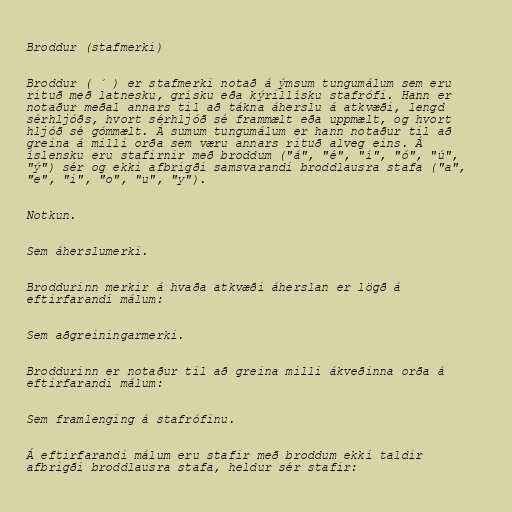
Broddur (stafmerki)

Broddur ( ´ ) er stafmerki notað á ýmsum tungumálum sem eru
rituð með latnesku, grísku eða kýrillísku stafrófi. Hann er
notaður meðal annars til að tákna áherslu á atkvæði, lengd
sérhljóðs, hvort sérhljóð sé frammælt eða uppmælt, og hvort
hljóð sé gómmælt. Á sumum tungumálum er hann notaður til að
greina á milli orða sem væru annars rituð alveg eins. Á
íslensku eru stafirnir með broddum ("á", "é", "í", "ó", "ú",
"ý") sér og ekki afbrigði samsvarandi broddlausra stafa ("a",
"e", "i", "o", "u", "y").

Notkun.

Sem áherslumerki.

Broddurinn merkir á hvaða atkvæði áherslan er lögð á
eftirfarandi málum:

Sem aðgreiningarmerki.

Broddurinn er notaður til að greina milli ákveðinna orða á
eftirfarandi málum:

Sem framlenging á stafrófinu.

Á eftirfarandi málum eru stafir með broddum ekki taldir
afbrigði broddlausra stafa, heldur sér stafir: